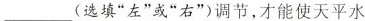
___(选填”左”或”右”)调节，才能使天平水